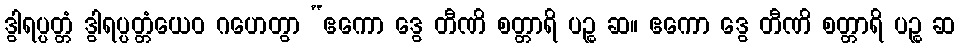
ဒွါရပ္ပတ္တံ ဒွါရပ္ပတ္တံယေဝ ဂဟေတွာ “ဧကော ဒွေ တီဏိ စတ္တာရိ ပဉ္စ ဆ။ ဧကော ဒွေ တီဏိ စတ္တာရိ ပဉ္စ ဆ